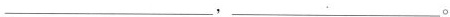
___，___。